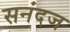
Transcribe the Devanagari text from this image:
सनंदज